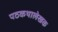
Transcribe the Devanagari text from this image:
पठकथालेखक